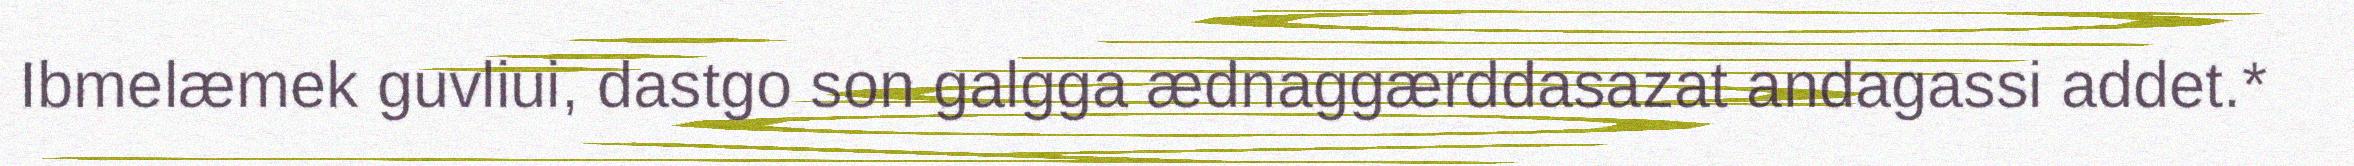
Ibmelæmek guvliui, dastgo son galgga ædnaggærddasazat andagassi addet.*